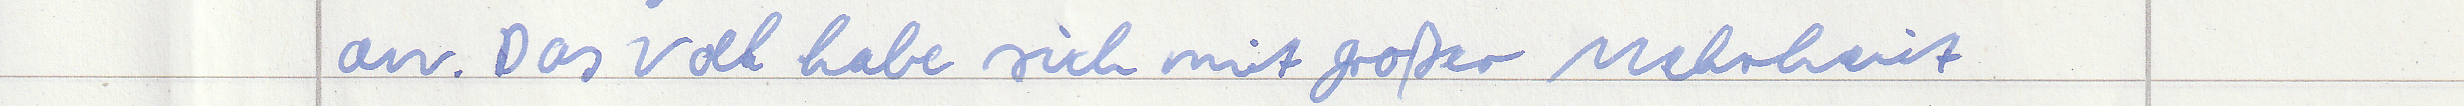
an. Das Volk habe sich mit großer Mehrheit